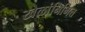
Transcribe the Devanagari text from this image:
खेळांनिमित्त